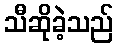
သီဆိုခဲ့သည်